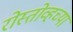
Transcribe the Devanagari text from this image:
रोस्तोव्हच्या